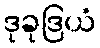
ဒုခုဒြယံ